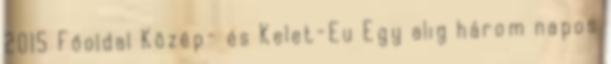
2015 Főoldal Közép- és Kelet-Eu Egy alig három napos